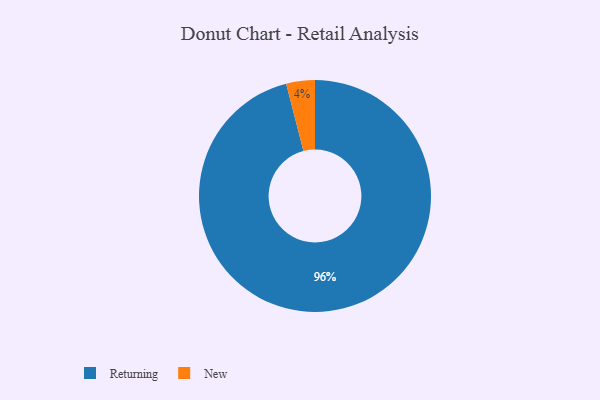
{"axis": {"x": "Category", "y": "Percentage"}, "legend": ["New", "Returning"], "data": [{"x": "Returning", "y": 96, "type": "Returning"}, {"x": "New", "y": 4, "type": "New"}]}